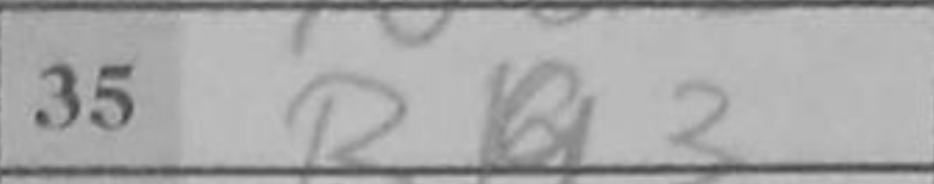
Transcription: Bg3